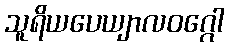
သူရိယပေယျာလဝဂ္ဂေါ